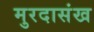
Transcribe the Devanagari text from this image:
मुरदासंख